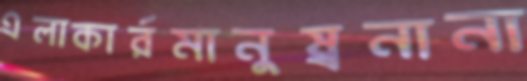
এলাকার্রমানুষ্রনানা